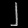
Digit: ၂